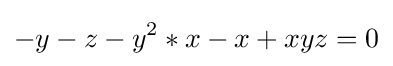
-y-z-y^{2}*x-x+xyz=0